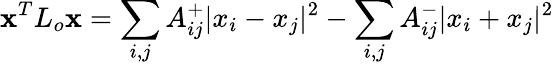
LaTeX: \textbf{x}^{T}L_{o}\textbf{x}=\sum_{i,j}A_{ij}^{+}|x_{i}-x_{j}|^{2}-\sum_{i,j}A_{ij}^{-}|x_{i}+x_{j}|^{2}